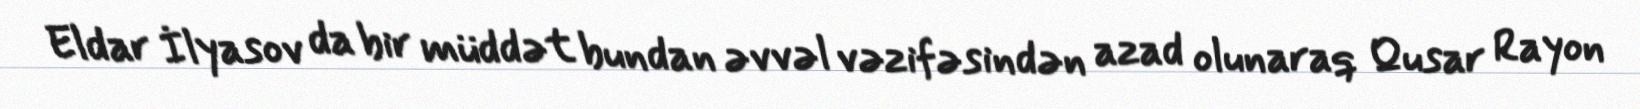
Eldar İlyasov da bir müddət bundan əvvəl vəzifəsindən azad olunaraq Qusar Rayon